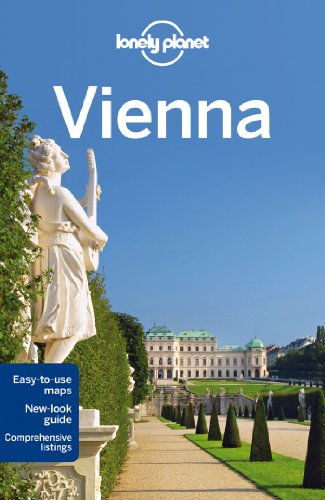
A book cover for Lonely Planet Vienna (Travel Guide); Lonely Planet; Travel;